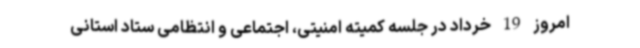
امروز 19 خرداد در جلسه کمیته امنیتی، اجتماعی و انتظامی ستاد استانی